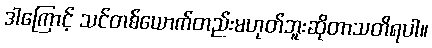
ဒါကြောင့် သင်တစ်ယောက်တည်းမဟုတ်ဘူးဆိုတာသတိရပါ။